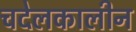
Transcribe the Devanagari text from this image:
चदेलकालीन